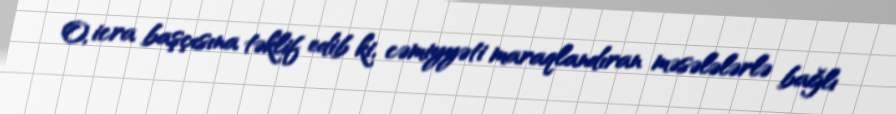
O, icra başçısına təklif edib ki, cəmiyyəti maraqlandıran məsələlərlə bağlı